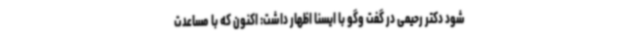
شود دکتر رحیمی در گفت وگو با ایسنا اظهار داشت: اکنون که با مساعدت